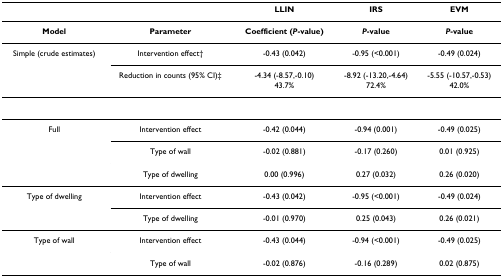
<table><thead><tr><td></td><td></td><td><b>LLIN</b></td><td><b>IRS</b></td><td><b>EVM</b></td></tr></thead><tbody><tr><td><b>Model</b></td><td><b>Parameter</b></td><td><b>Coefficient (<i>P</i>-value)</b></td><td><b><i>P</i>-value</b></td><td><b><i>P</i>-value</b></td></tr><tr><td>Simple (crude estimates)</td><td>Intervention effect†</td><td>-0.43 (0.042)</td><td>-0.95 (&lt;0.001)</td><td>-0.49 (0.024)</td></tr><tr><td></td><td>Reduction in counts (95% CI)‡</td><td>-4.34 (-8.57,-0.10)43.7%</td><td>-8.92 (-13.20,-4.64)72.4%</td><td>-5.55 (-10.57,-0.53)42.0%</td></tr><tr><td>Full</td><td>Intervention effect</td><td>-0.42 (0.044)</td><td>-0.94 (0.001)</td><td>-0.49 (0.025)</td></tr><tr><td></td><td>Type of wall</td><td>-0.02 (0.881)</td><td>-0.17 (0.260)</td><td>0.01 (0.925)</td></tr><tr><td></td><td>Type of dwelling</td><td>0.00 (0.996)</td><td>0.27 (0.032)</td><td>0.26 (0.020)</td></tr><tr><td>Type of dwelling</td><td>Intervention effect</td><td>-0.43 (0.042)</td><td>-0.95 (&lt;0.001)</td><td>-0.49 (0.024)</td></tr><tr><td></td><td>Type of dwelling</td><td>-0.01 (0.970)</td><td>0.25 (0.043)</td><td>0.26 (0.021)</td></tr><tr><td>Type of wall</td><td>Intervention effect</td><td>-0.43 (0.044)</td><td>-0.94 (&lt;0.001)</td><td>-0.49 (0.025)</td></tr><tr><td></td><td>Type of wall</td><td>-0.02 (0.876)</td><td>-0.16 (0.289)</td><td>0.02 (0.875)</td></tr></tbody></table>